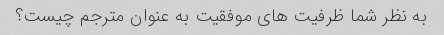
به نظر شما ظرفیت های موفقیت به عنوان مترجم چیست؟